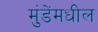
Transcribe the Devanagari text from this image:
मुंडेंमधील